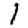
Digit: 1